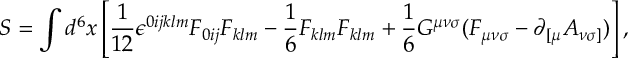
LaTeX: S = \int d ^ { 6 } x \left[ { \frac { 1 } { 1 2 } } { \epsilon } ^ { 0 i j k l m } F _ { 0 i j } F _ { k l m } - { \frac 1 6 } F _ { k l m } F _ { k l m } + { \frac 1 6 } G ^ { { \mu } { \nu } { \sigma } } ( F _ { { \mu } { \nu } { \sigma } } - { \partial } _ { [ { \mu } } A _ { { \nu } { \sigma } ] } ) \right] ,